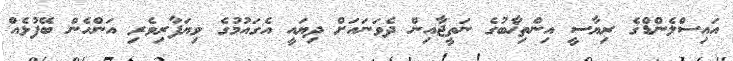
އައިސްލެންޑްގެ ރިޔާސީ އިންތިޚާބުގެ ނަތީޖާއިން ދެވަނައަށް ދިޔައީ އެގައުމުގެ ވިޔަފާރިވެރި އަންހެން ބޭފުޅެއް